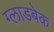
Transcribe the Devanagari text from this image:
ग्लाडबेक